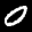
Label: 0